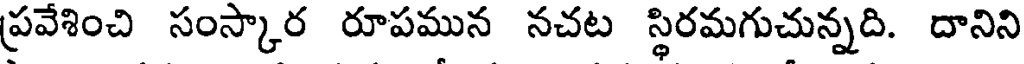
ప్రవేశించి సంస్కార రూపమున నచట స్థిరమగుచున్నది. దానిని